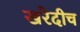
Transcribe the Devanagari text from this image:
खरेदीच